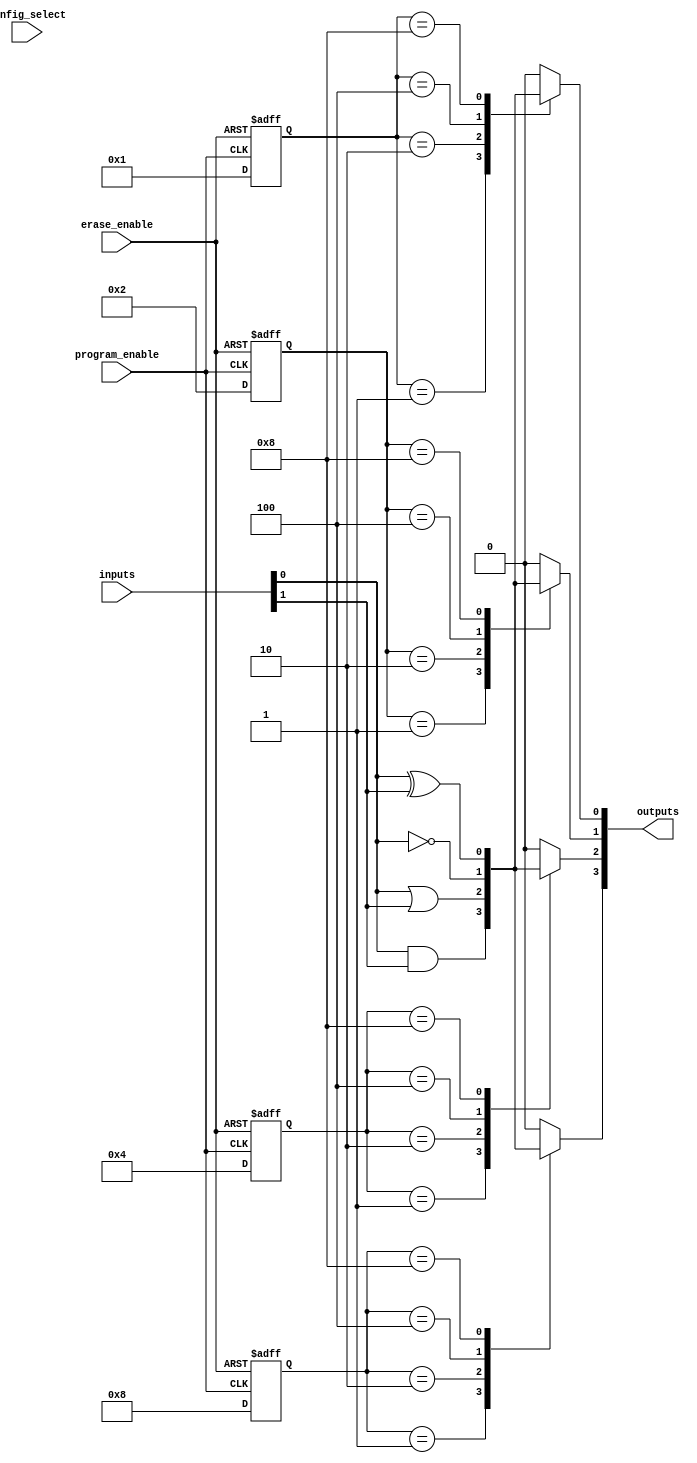
module EPLD (
    input wire [7:0] inputs,          // 8 input lines
    input wire [3:0] config_select,   // Configuration select lines
    input wire program_enable,         // Programming enable signal
    input wire erase_enable,           // Erase signal
    output reg [7:0] outputs           // 8 output lines
);

// Configuration memory to store logic functions for each block
reg [7:0] config_memory [0:3]; // 4 logic blocks, each with 8 bits of configuration

// Logic block implementation
function [7:0] logic_block (
    input wire [7:0] in,
    input wire [7:0] config
);
    begin
        case (config)
            8'b00000001: logic_block = in[0] & in[1]; // AND
            8'b00000010: logic_block = in[0] | in[1]; // OR
            8'b00000100: logic_block = ~in[0];        // NOT
            8'b00001000: logic_block = in[0] ^ in[1]; // XOR
            // Add more functions as needed
            default: logic_block = 8'b00000000; // Default to 0
        endcase
    end
endfunction

// Erase and Program Logic
always @(posedge program_enable or posedge erase_enable) begin
    if (erase_enable) begin
        // Erase configuration memory
        config_memory[0] <= 8'b00000000;
        config_memory[1] <= 8'b00000000;
        config_memory[2] <= 8'b00000000;
        config_memory[3] <= 8'b00000000;
    end else if (program_enable) begin
        // Program the configuration memory (example programming)
        config_memory[0] <= 8'b00000001; // Block 0: AND
        config_memory[1] <= 8'b00000010; // Block 1: OR
        config_memory[2] <= 8'b00000100; // Block 2: NOT
        config_memory[3] <= 8'b00001000; // Block 3: XOR
    end
end

// Output Logic
always @(*) begin
    // Connect logic blocks based on configuration
    outputs[0] = logic_block(inputs, config_memory[0]);
    outputs[1] = logic_block(inputs, config_memory[1]);
    outputs[2] = logic_block(inputs, config_memory[2]);
    outputs[3] = logic_block(inputs, config_memory[3]);
    // Additional logic for interconnections can be added here
end

endmodule